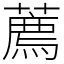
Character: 薦